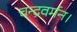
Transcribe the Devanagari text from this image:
चन्द्रवर्मन।